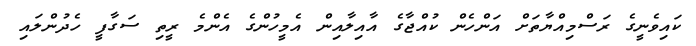
ކައިވެނީގެ ރަސްމިއްޔާތަށް އަންހެން ކުއްޖާގެ އާއިލާއިން އެމީހުންގެ އެންމެ ރީތި ސަގާފީ ހެދުންލައި